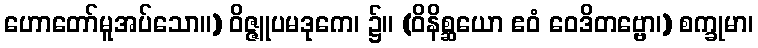
ဟောတော်မူအပ်သော။) ဝိဇ္ဇူပမဒုကေ၊ ၌။ (ဝိနိစ္ဆယော ဧဝံ ဝေဒိတဗ္ဗော၊) စက္ခုမာ၊